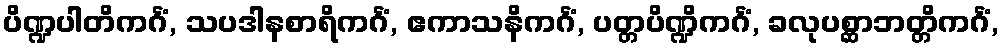
ပိဏ္ဍပါတိကင်္ဂံ, သပဒါနစာရိကင်္ဂံ, ဧကာသနိကင်္ဂံ, ပတ္တပိဏ္ဍိကင်္ဂံ, ခလုပစ္ဆာဘတ္တိကင်္ဂံ,